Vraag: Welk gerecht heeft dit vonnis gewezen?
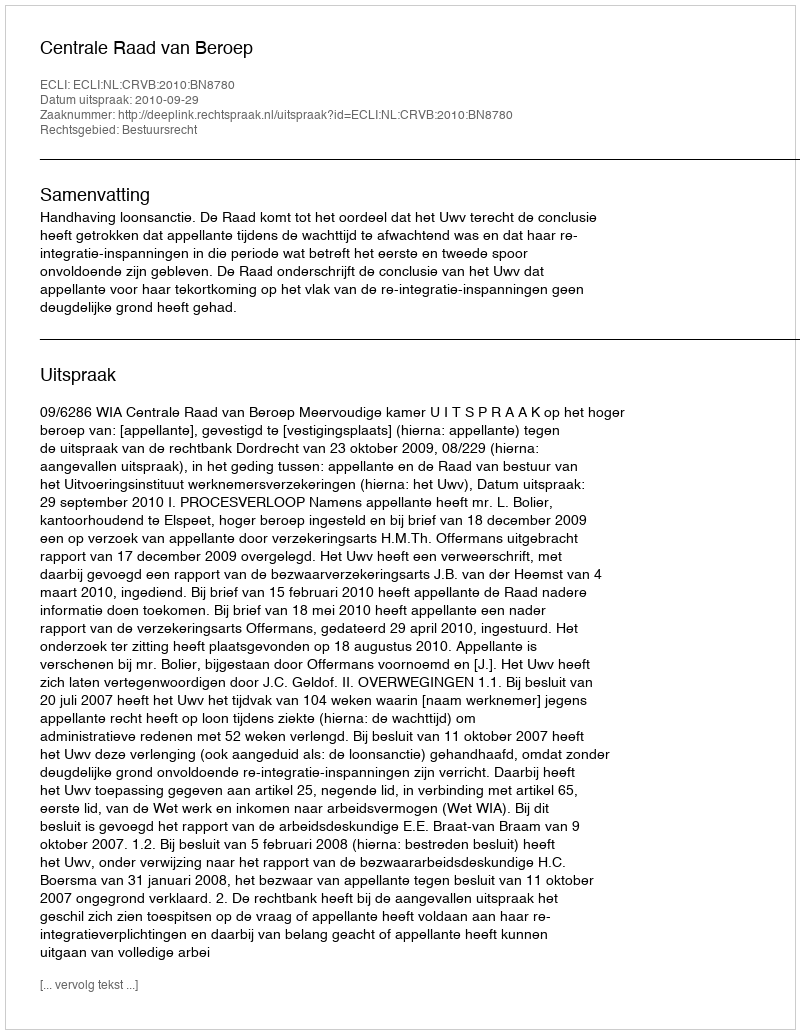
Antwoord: Centrale Raad van Beroep